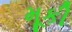
મૂકી